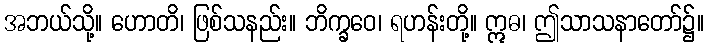
အဘယ်သို့။ ဟောတိ၊ ဖြစ်သနည်း။ ဘိက္ခဝေ၊ ရဟန်းတို့။ ဣဓ၊ ဤသာသနာတော်၌။